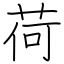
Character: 荷